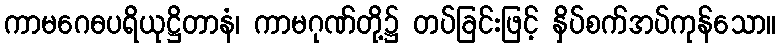
ကာမဂေဓပရိယုဋ္ဌိတာနံ၊ ကာမဂုဏ်တို့၌ တပ်ခြင်းဖြင့် နှိပ်စက်အပ်ကုန်သော။